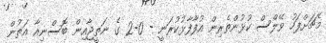
މެޗަށްފަހު ވޭލްސް ކުޅުންތެރިން އުފާފާޅުކުރަނީ - 0-2 ގެ ނަތީޖާއިން ބޮސްނިއާ އަތުން